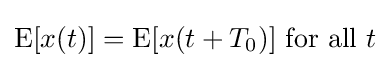
\operatorname {E} [x(t)]=\operatorname {E} [x(t+T_{0})]{\text{ for all }}t